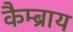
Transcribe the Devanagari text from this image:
कैम्ब्राय